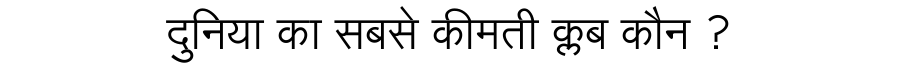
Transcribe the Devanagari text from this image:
दुनिया का सबसे कीमती क्लब कौन ?